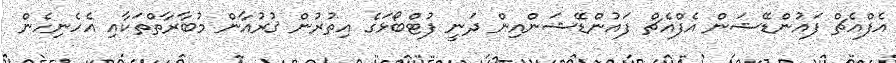
އެފްއެޗް ފައުންޑޭޝަން އެފްއެޗް ފައުންޑޭޝަންއިން ދަނީ ފުޓްބޯޅަގެ އިތުރުން ޤުރުއާން މުބާރާތްތަކާއި އެހެނިހެން